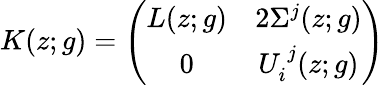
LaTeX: K(z;g)=\left(\begin{array}{cc}{{L(z;g)}}&{{2\Sigma^{j}(z;g)}}\\ {{0}}&{{U_{i}^{~j}(z;g)}}\end{array}\right)